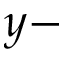
y -